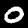
Digit: 0